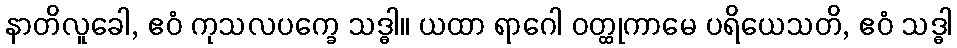
နာတိလူခေါ, ဧဝံ ကုသလပက္ခေ သဒ္ဓါ။ ယထာ ရာဂေါ ဝတ္ထုကာမေ ပရိယေသတိ, ဧဝံ သဒ္ဓါ